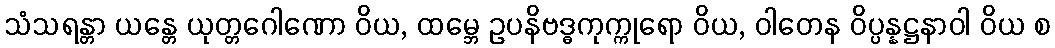
သံသရန္တာ ယန္တေ ယုတ္တဂေါဏော ဝိယ, ထမ္ဘေ ဥပနိဗဒ္ဓကုက္ကုရော ဝိယ, ဝါတေန ဝိပ္ပန္နဋ္ဌနာဝါ ဝိယ စ